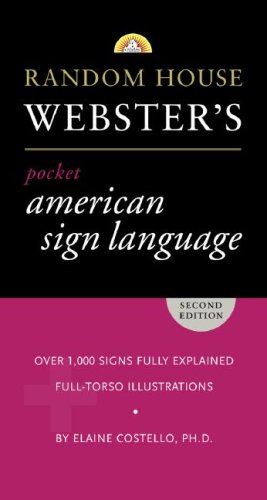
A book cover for Random House Webster's Pocket American Sign Language Dictionary; Elaine Costello Ph.D.; Reference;